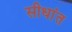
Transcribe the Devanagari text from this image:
सीधांत